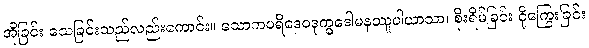
အိုခြင်း သေခြင်းသည်လည်းကောင်း။ သောကပရိဒေဝဒုက္ခဒေါမနဿူပါယာသာ၊ စိုးရိမ်ခြင်း ငိုကြွေးခြင်း